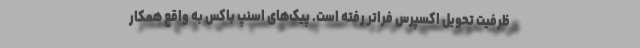
ظرفیت تحویل اکسپرس فراتر رفته است. پیک‌های اسنپ باکس به واقع همکار